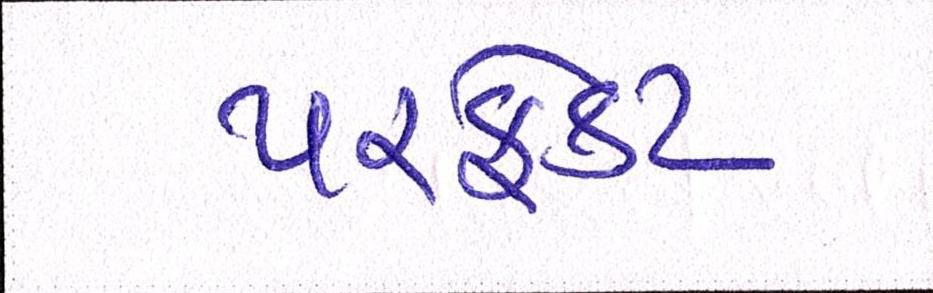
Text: પરફેક્ટ